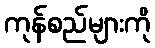
ကုန်စည်များကို